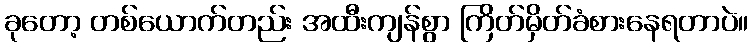
ခုတော့ တစ်ယောက်တည်း အထီးကျန်စွာ ကြိတ်မှိတ်ခံစားနေရတာပဲ။